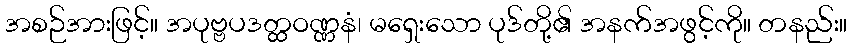
အစဉ်အားဖြင့်။ အပုဗ္ဗပဒတ္ထဝဏ္ဏနံ၊ မရှေးသော ပုဒ်တို့၏ အနက်အဖွင့်ကို။ တနည်း။